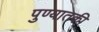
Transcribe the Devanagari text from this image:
पुण्यातकी